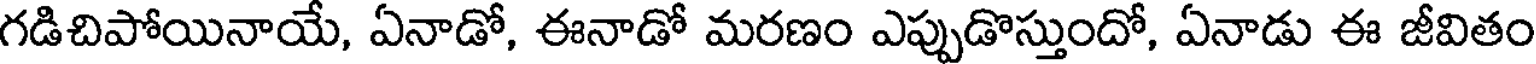
గడిచిపోయినాయే, ఏనాడో, ఈనాడో మరణం ఎప్పుడొస్తుందో, ఏనాడు ఈ జీవితం